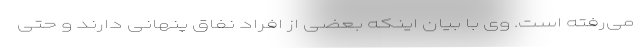
می‌رفته است. وی با بیان اینکه بعضی از افراد نفاق پنهانی دارند و حتی